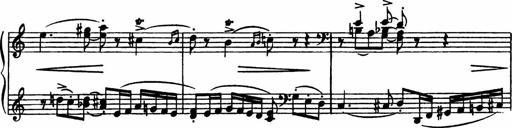
Title: Sonatilla
Composer: Mortimer Wilson
Key: C major